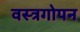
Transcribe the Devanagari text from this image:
वस्त्रगोपन